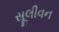
સૂલીવન